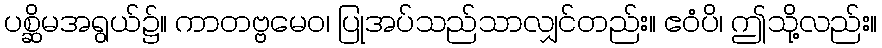
ပစ္ဆိမအရွယ်၌။ ကာတဗ္ဗမေဝ၊ ပြုအပ်သည်သာလျှင်တည်း။ ဧဝံပိ၊ ဤသို့လည်း။